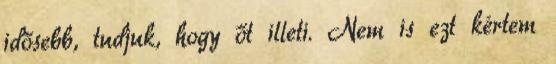
idősebb, tudjuk, hogy őt illeti. Nem is ezt kértem